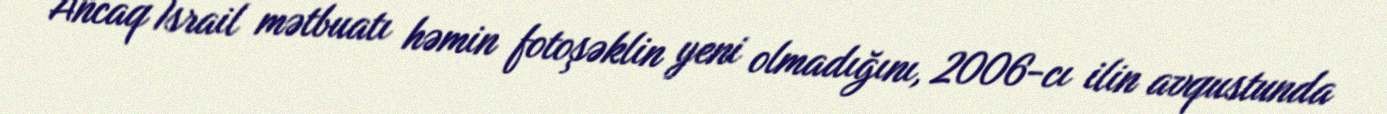
Ancaq İsrail mətbuatı həmin fotoşəklin yeni olmadığını, 2006-cı ilin avqustunda